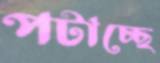
পটাচ্ছে